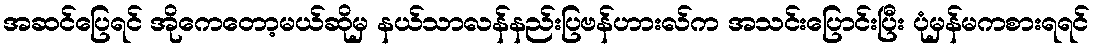
အဆင်ပြေရင် အိုကေတော့မယ်ဆိုမှ နယ်သာလန်နည်းပြဗန်ဟားလ်က အသင်းပြောင်းပြီး ပုံမှန်မကစားရရင်